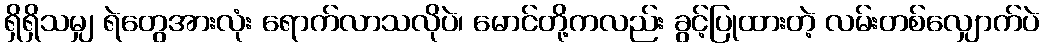
ရှိရှိသမျှ ရဲတွေအားလုံး ရောက်လာသလိုပဲ၊ မောင်တို့ကလည်း ခွင့်ပြုထားတဲ့ လမ်းတစ်လျှောက်ပဲ